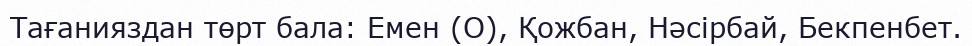
Тағанияздан төрт бала: Емен (О), Қожбан, Нәсірбай, Бекпенбет.